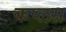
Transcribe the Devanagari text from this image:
कप्लस